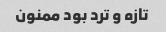
تازه و ترد بود ممنون